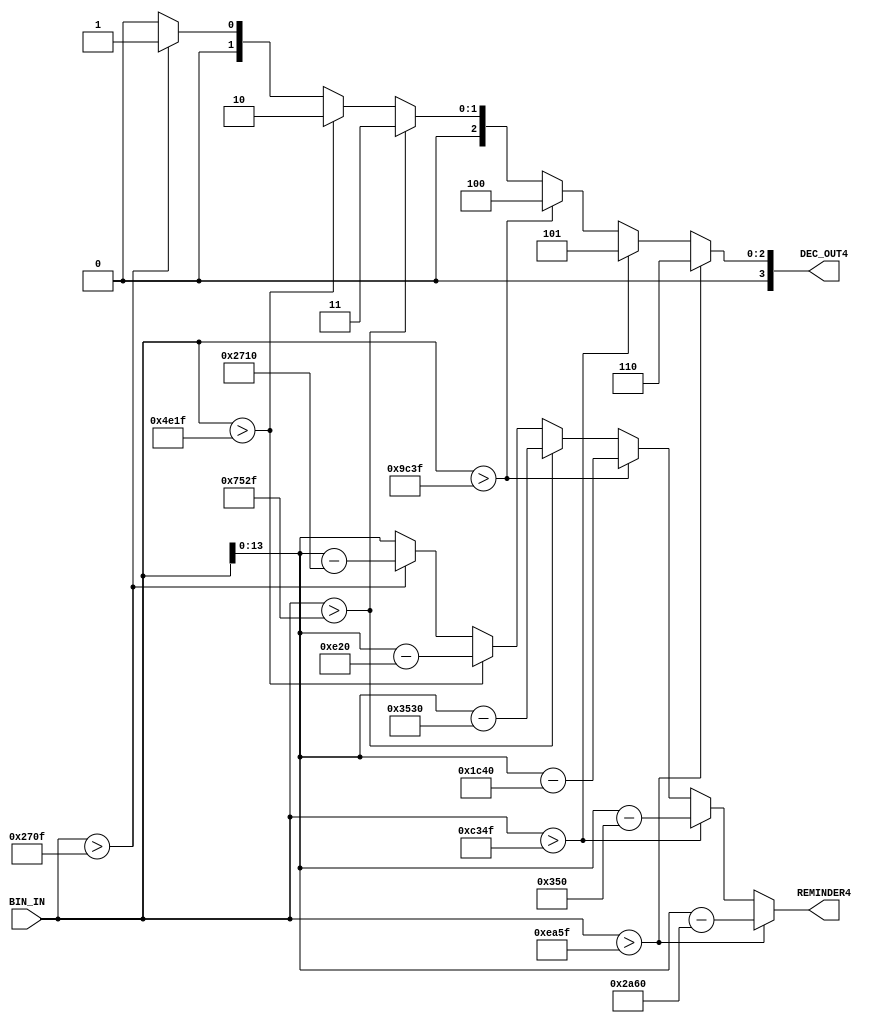
module bin_dec10000(
    input[15:0] BIN_IN,
    output reg[3:0] DEC_OUT4,
    output[13:0] REMINDER4
);
    integer cmp_int;
    integer rem_int;
    always @(BIN_IN) begin
        cmp_int = BIN_IN;
        if (cmp_int > 59999) begin
            DEC_OUT4 <= 4'd6;
            rem_int <= cmp_int - 60000;
        end
        else if (cmp_int > 49999) begin
            DEC_OUT4 <= 4'd5;
            rem_int <= cmp_int - 50000;
        end
        else if (cmp_int > 39999) begin
            DEC_OUT4 <= 4'd4;
            rem_int <= cmp_int - 40000;
        end
        else if (cmp_int > 29999) begin
            DEC_OUT4 <= 4'd3;
            rem_int <= cmp_int - 30000;
        end
        else if (cmp_int > 19999) begin
            DEC_OUT4 <= 4'd2;
            rem_int <= cmp_int - 20000;
        end
        else if (cmp_int > 9999) begin
            DEC_OUT4 <= 4'd1;
            rem_int <= cmp_int - 10000;
        end
        else begin
            DEC_OUT4 <= 4'd0;
            rem_int <= cmp_int;
        end
    end
    assign REMINDER4 = rem_int;
endmodule